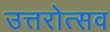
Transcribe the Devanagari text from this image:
उत्तरोत्सव